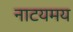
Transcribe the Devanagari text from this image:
नाटयमय